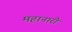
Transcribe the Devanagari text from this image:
महानारी